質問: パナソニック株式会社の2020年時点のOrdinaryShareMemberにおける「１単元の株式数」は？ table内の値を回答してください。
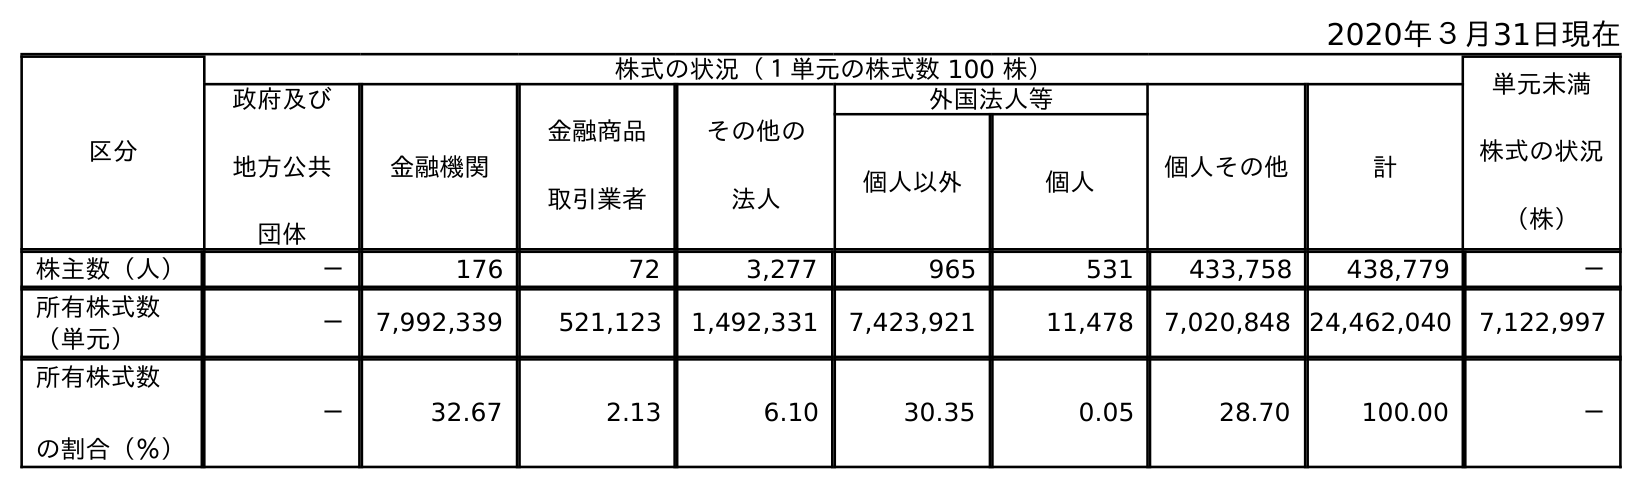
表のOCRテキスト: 2020年３月31日現在 区分 株式の状況（１単元の株式数 100 株） 単元未満 株式の状況 （株） 政府及び 地方公共 団体 金融機関 金融商品 取引業者 その他の 法人 外国法人等 個人その他 計 個人以外 個人 株主数（人） － 176 72 3,277 965 531 433,758 438,779 － 所有株式数 （単元） － 7,992,339 521,123 1,492,331 7,423,921 11,478 7,020,848 24,462,040 7,122,997 所有株式数 の割合（％） － 32.67 2.13 6.10 30.35 0.05 28.70 100.00 －
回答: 株式の状況（１単元の株式数100株）